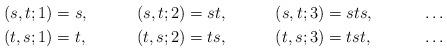
LaTeX: \begin{align*}(s,t;1) &= s,& (s,t;2) &= st,&(s,t;3) &= sts,& &\dots\\(t,s;1) &= t,& (t,s;2) &= ts,&(t,s;3) &= tst,& &\dots\end{align*}